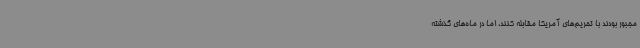
مجبور بودند با تحریم‌های آمریکا مقابله کنند، اما در ماه‌های گذشته